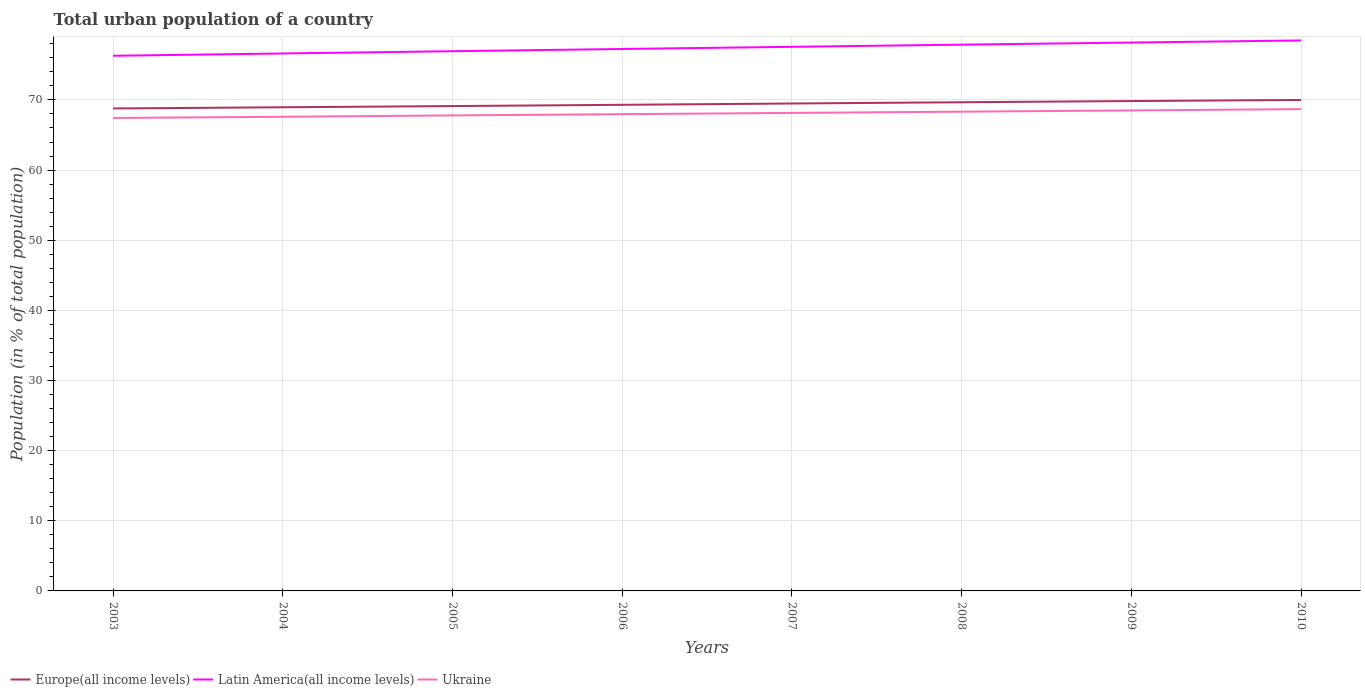
| Years | Europe(all income levels) | Latin America(all income levels) | Ukraine |
 | --- | --- | --- | --- |
 | 2003 | 68.8 | 76.3 | 67.4 |
 | 2004 | 69 | 76.6 | 67.6 |
 | 2005 | 69.1 | 76.9 | 67.8 |
 | 2006 | 69.3 | 77.3 | 68 |
 | 2007 | 69.5 | 77.6 | 68.1 |
 | 2008 | 69.7 | 77.9 | 68.3 |
 | 2009 | 69.8 | 78.2 | 68.5 |
 | 2010 | 70 | 78.5 | 68.7 |